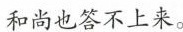
和尚也答不上来。